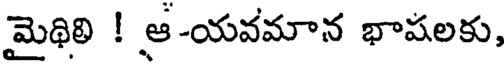
మైథిలి ! ఆ-యవమాన భాషలకు,